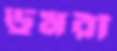
ডুমরী